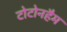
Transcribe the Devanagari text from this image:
टोटोनहैम